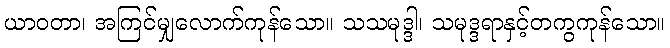
ယာဝတာ၊ အကြင်မျှလောက်ကုန်သော။ သသမုဒ္ဒါ၊ သမုဒ္ဒရာနှင့်တကွကုန်သော။